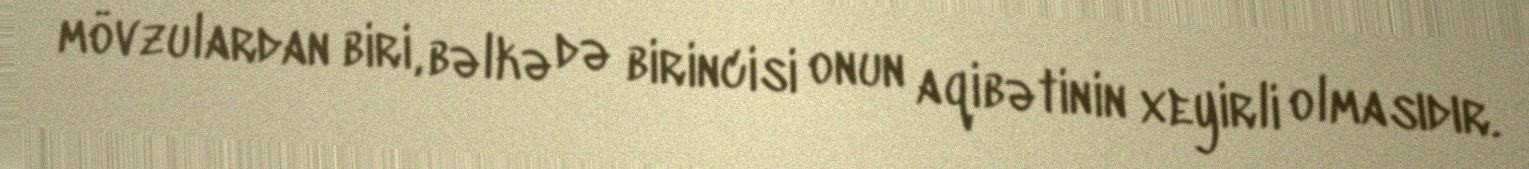
mövzulardan biri, bəlkə də birincisi onun aqibətinin xeyirli olmasıdır.